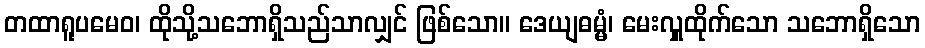
တထာရူပမေဝ၊ ထိုသို့သဘောရှိသည်သာလျှင် ဖြစ်သော။ ဒေယျဓမ္မံ၊ မေးလှူထိုက်သော သဘောရှိသော